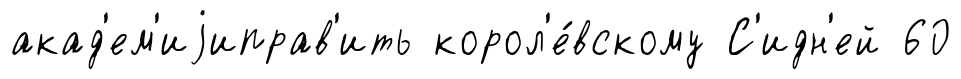
акад'ем'иjиправ'ить корол'е́вскому С'идн'ей 60